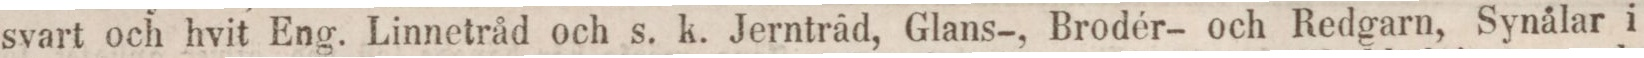
svart och hvit Eng. Linnetråd och s. k. Jernträd, Glans-, Brodér- och Redgarn, Synålar i